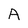
Character: A